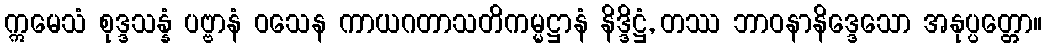
ဣမေသံ စုဒ္ဒသန္နံ ပဗ္ဗာနံ ဝသေန ကာယဂတာသတိကမ္မဋ္ဌာနံ နိဒ္ဒိဋ္ဌံ, တဿ ဘာဝနာနိဒ္ဒေသော အနုပ္ပတ္တော။